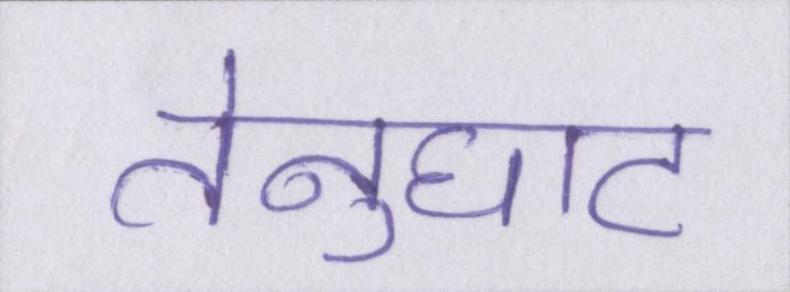
तेनुघाट